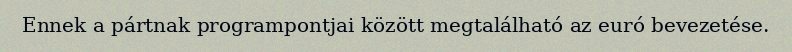
Ennek a pártnak programpontjai között megtalálható az euró bevezetése.